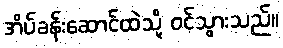
အိပ်ခန်းဆောင်ထဲသို့ ဝင်သွားသည်။